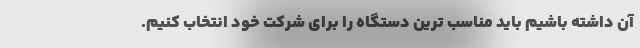
آن داشته باشیم باید مناسب ترین دستگاه را برای شرکت خود انتخاب کنیم.